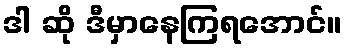
ဒါ ဆို ဒီမှာနေကြရအောင်။